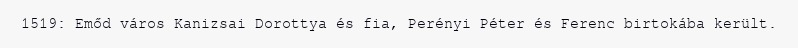
1519: Emőd város Kanizsai Dorottya és fia, Perényi Péter és Ferenc birtokába került.